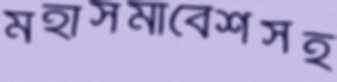
মহাসমাবেশসহ